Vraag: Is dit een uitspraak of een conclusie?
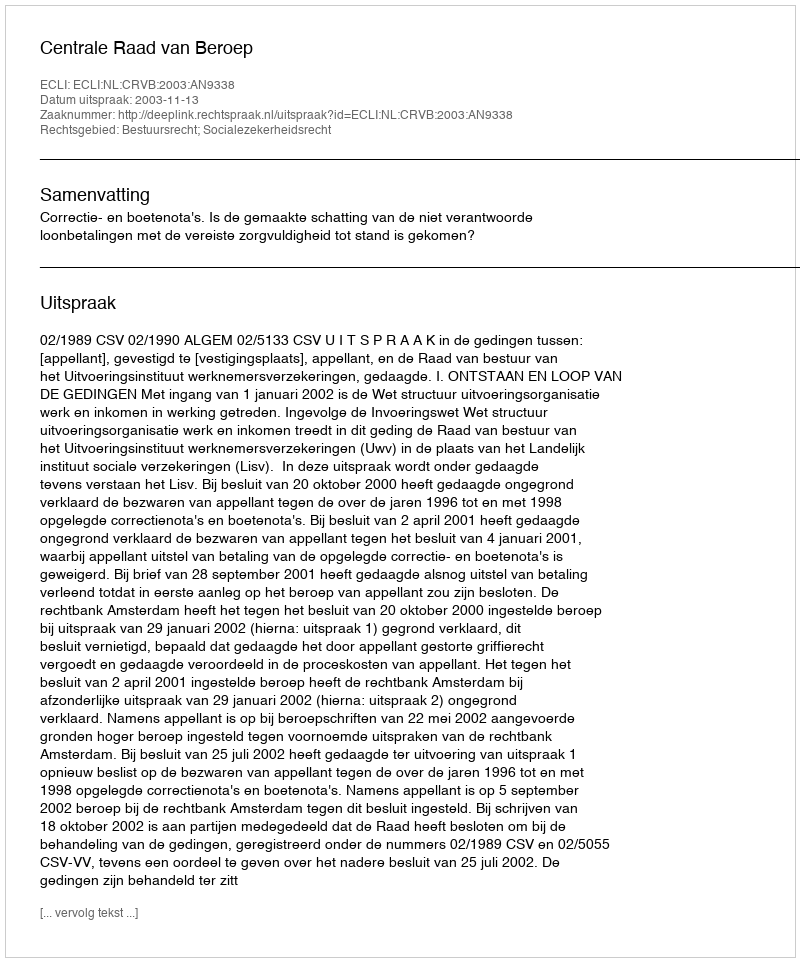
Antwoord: Uitspraak